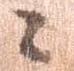
ニ